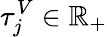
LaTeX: \tau_{j}^{V}\in\mathbb{R}_{+}